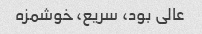
عالی بود، سریع، خوشمزه